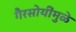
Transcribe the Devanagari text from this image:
गैरसोयींमुळे